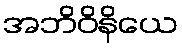
အဘိဝိနိယေ